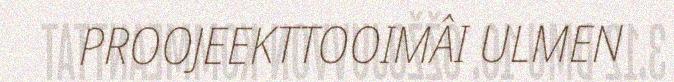
PROOJEEKTTOOIMÂI ULMEN